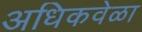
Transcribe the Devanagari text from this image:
अधिकवेळा